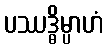
ပဿဒ္ဓိမ္ပာဟံ